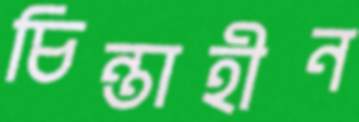
চিন্তাহীন